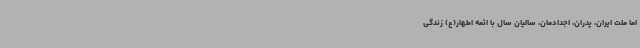
اما ملت ایران، پدران، اجدادمان، سالیان سال با ائمه‌ اطهار(ع) زندگی